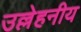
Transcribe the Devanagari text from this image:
उल्लेहनीय